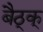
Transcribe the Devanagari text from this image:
बैठ्क्